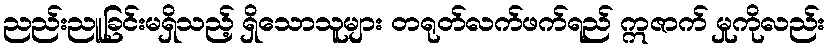
ညည်းညူခြင်းမရှိသည့် ရှိသောသူများ တရုတ်လက်ဖက်ရည် ဣဇာက် မှုကိုလည်း